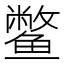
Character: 鳖